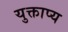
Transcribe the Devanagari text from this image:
युक्ताप्य